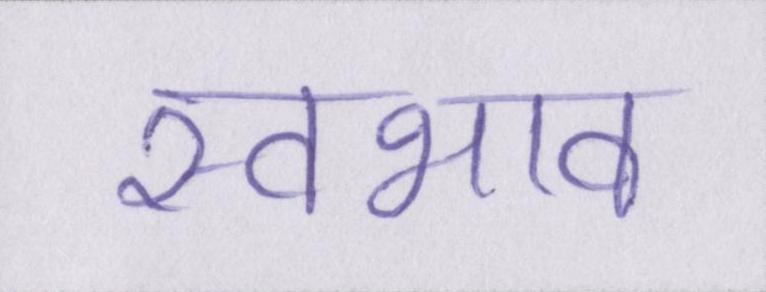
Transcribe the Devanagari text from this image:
स्वभाव